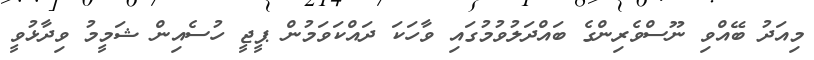
މިއަދު ބޭއްވި ނޫސްވެރިންގެ ބައްދަލުވުމުގައި ވާހަކަ ދައްކަވަމުން ޕީޖީ ހުސެއިން ޝަމީމު ވިދާޅުވީ